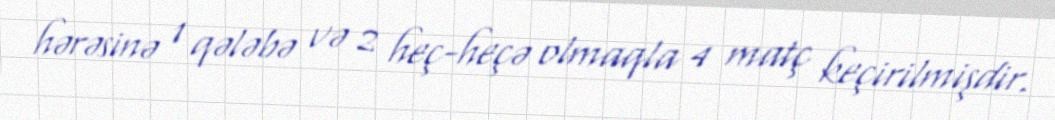
hərəsinə 1 qələbə və 2 heç-heçə olmaqla 4 matç keçirilmişdir.